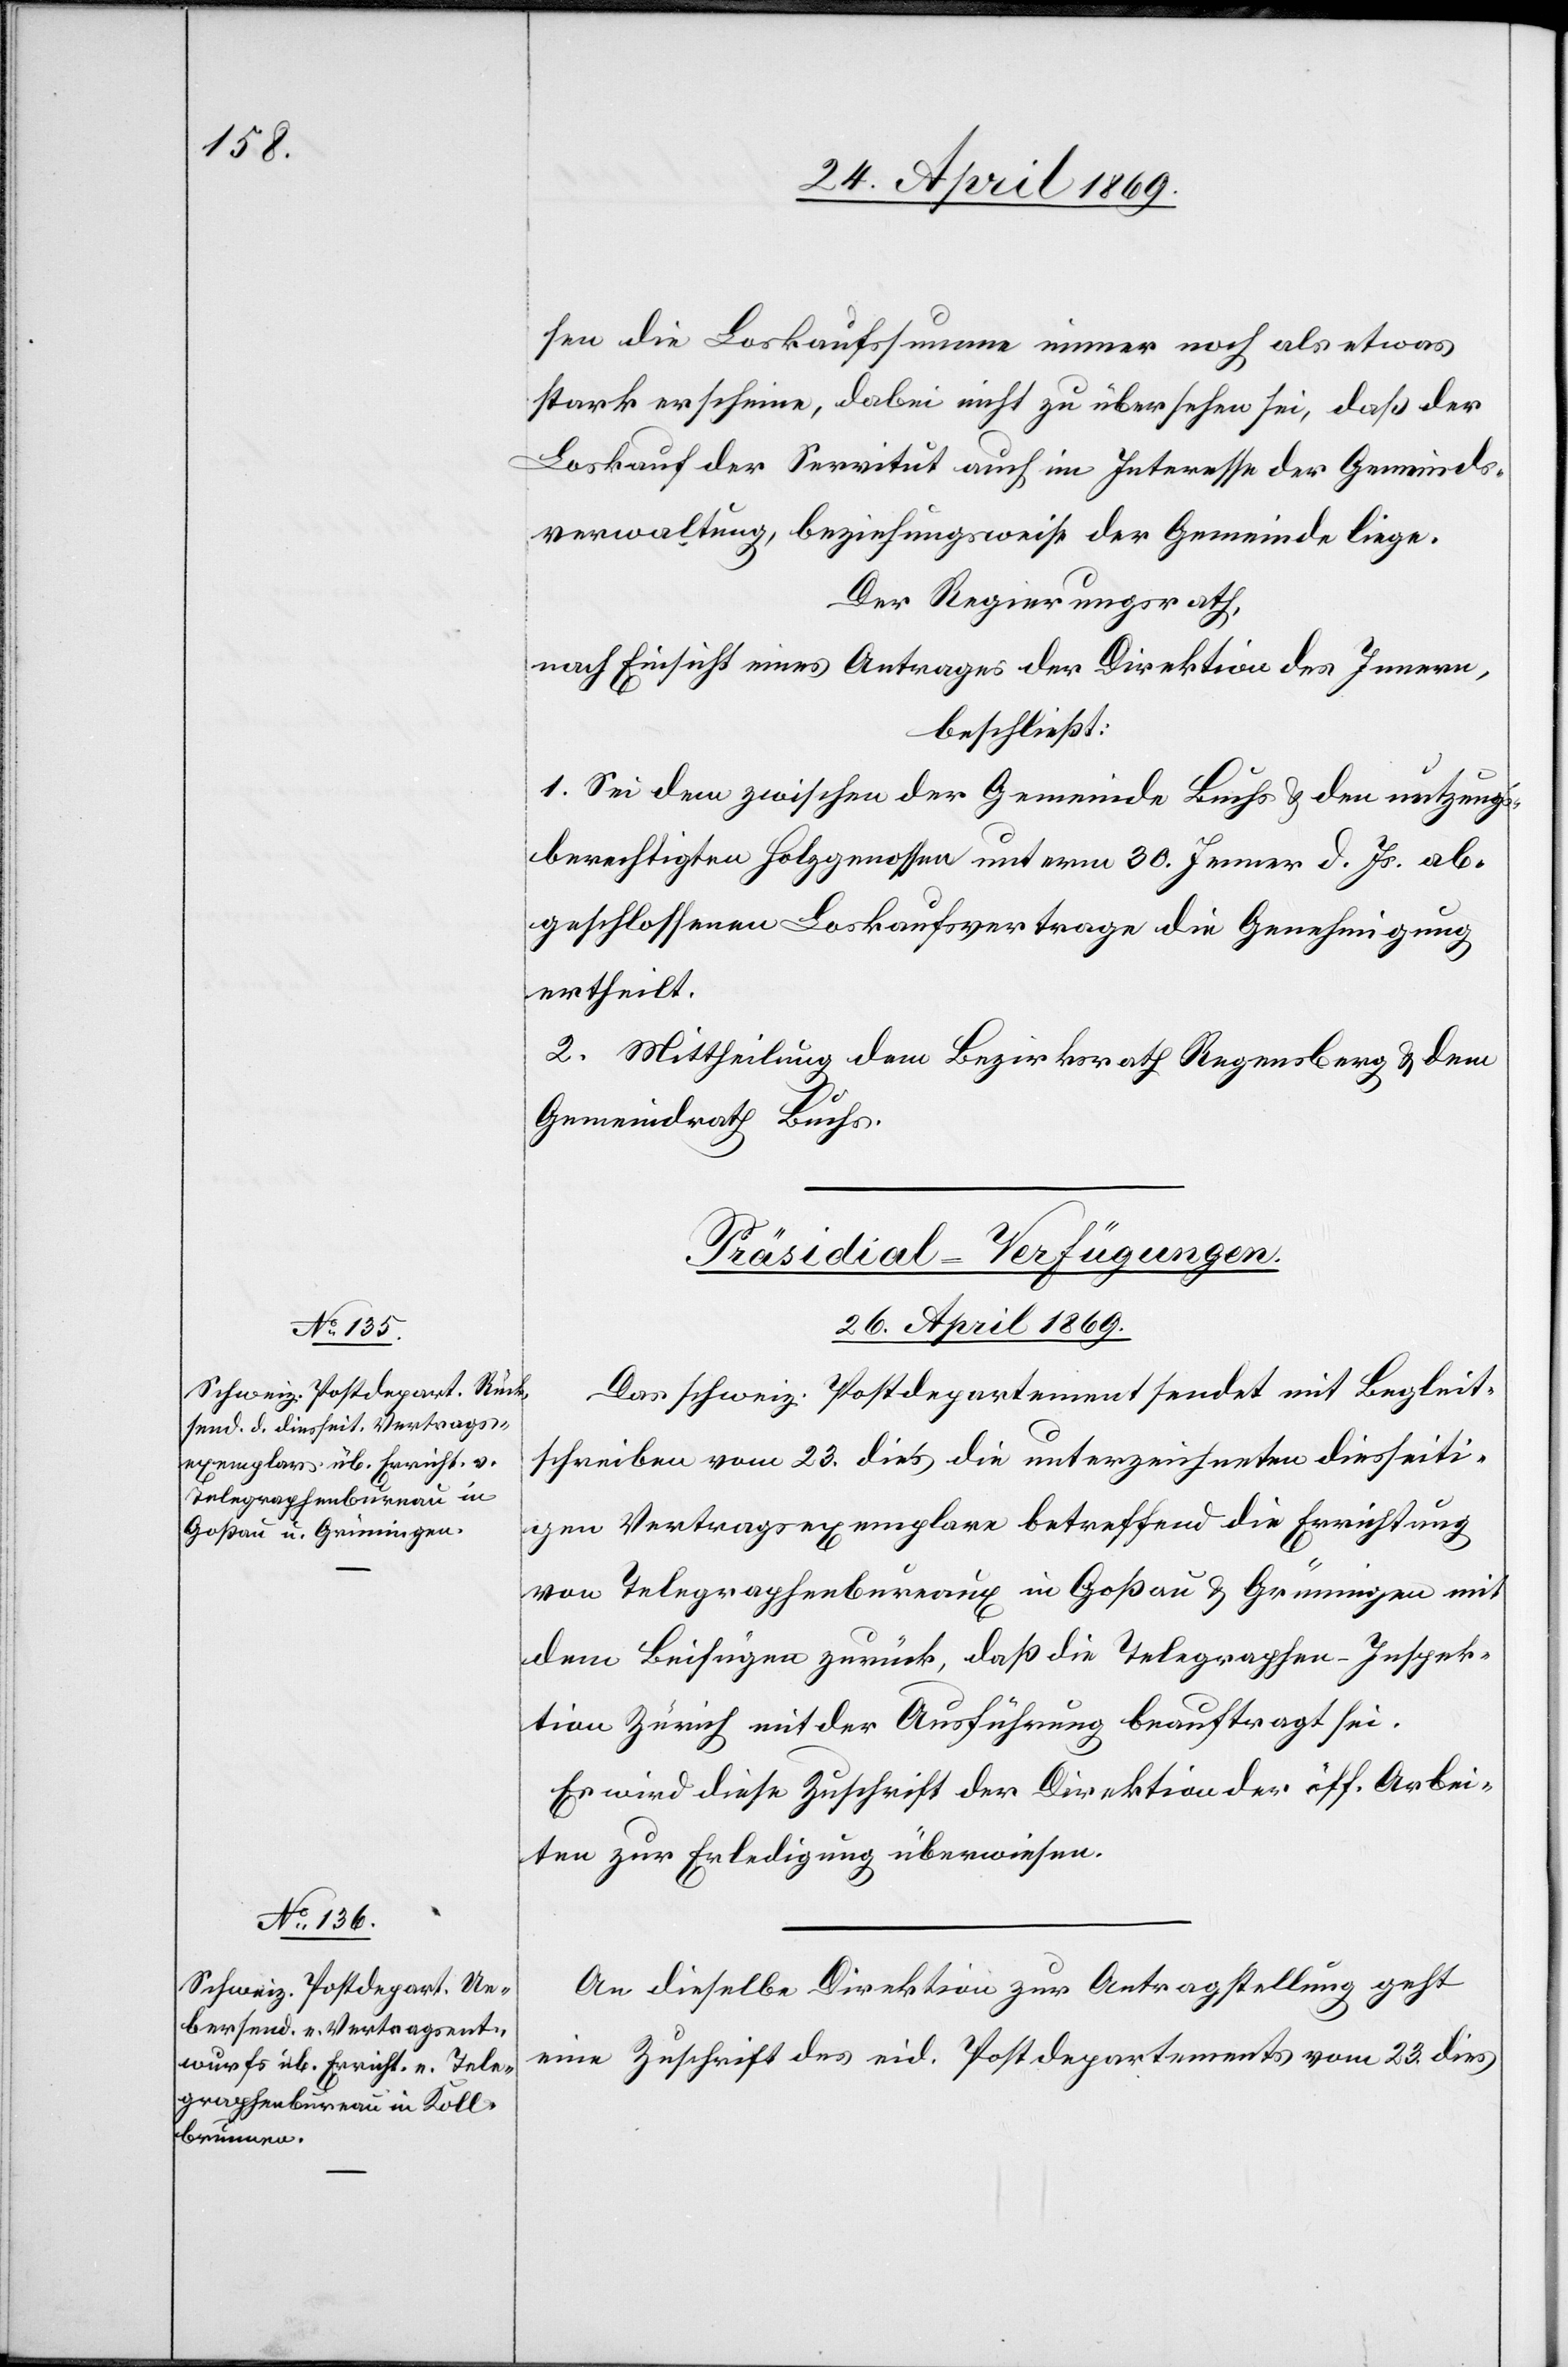
sen die Loskaufssumme immer noch als etwas
stark erscheine, dabei nicht zu übersehen sei, daß der
Loskauf der Servitut auch im Interesse der Gemeinds¬
verwaltung, beziehungsweise der Gemeinde liege.
Der Regierungsrath,
nach Einsicht eines Antrages der Direktion des Innern,
beschließt:
1. Sei dem zwischen der Gemeinde Buchs u. den entzugs¬
berechtigten Holzgenossen unterm 30. Jenner d. Js. ab¬
geschlossenen Loskaufsvertrage die Genehmigung
ertheilt.
2. Mittheilung dem Bezirksrath Regensberg u. dem
Gemeindrath Buchs.
[Präsidial-Verfügungen.
26. April 1869.]
Das schweiz. Postdepartement sendet mit Begleit¬
schreiben vom 23. dies die unterzeichneten diesseiti¬
gen Vertragsexemplare betreffend die Errichtung
von Telegraphenbureaux in Goßau u. Grüningen mit
dem Beifügen zurück, daß die Telegraphen-Inspek¬
tion Zürich mit der Ausführung beauftragt sei.
Es wird diese Zuschrift der Direktion der öff. Arbei¬
ten zur Erledigung überwiesen.
An dieselbe Direktion zur Antragstellung geht
eine Zuschrift des eid. Postdepartement vom 23 dies